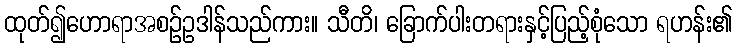
ထုတ်၍ဟောရာအစဉ်ဥဒါန်သည်ကား။ သီတိ၊ ခြောက်ပါးတရားနှင့်ပြည့်စုံသော ရဟန်း၏